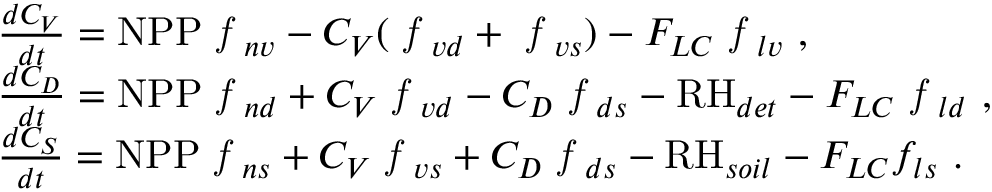
\begin{array} { r l } & { \frac { d C _ { V } } { d t } = \ensuremath { \mathrm { N P P } } \emph { f } _ { n v } - C _ { V } ( \emph { f } _ { v d } + \emph { f } _ { v s } ) - F _ { L C } \emph { f } _ { l v } \mathrm { ~ , } } \\ & { \frac { d C _ { D } } { d t } = \ensuremath { \mathrm { N P P } } \emph { f } _ { n d } + C _ { V } \emph { f } _ { v d } - C _ { D } \emph { f } _ { d s } - \ensuremath { \mathrm { R H } } _ { d e t } - F _ { L C } \emph { f } _ { l d } \mathrm { ~ , } } \\ & { \frac { d C _ { S } } { d t } = \ensuremath { \mathrm { N P P } } \emph { f } _ { n s } + C _ { V } \emph { f } _ { v s } + C _ { D } \emph { f } _ { d s } - \ensuremath { \mathrm { R H } } _ { s o i l } - F _ { L C } f _ { l s } \mathrm { ~ . } } \end{array}